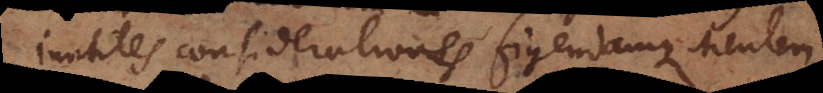
inutiles considerationes figendamque Mentem